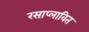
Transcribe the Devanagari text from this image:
रसाप्लावित